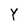
Character: Y